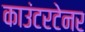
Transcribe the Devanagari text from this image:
काउंटरटेनर